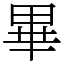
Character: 畢